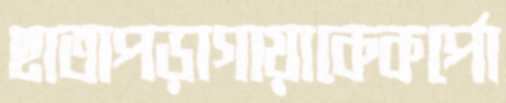
ছাতাপড়াগায়াকেকর্পো